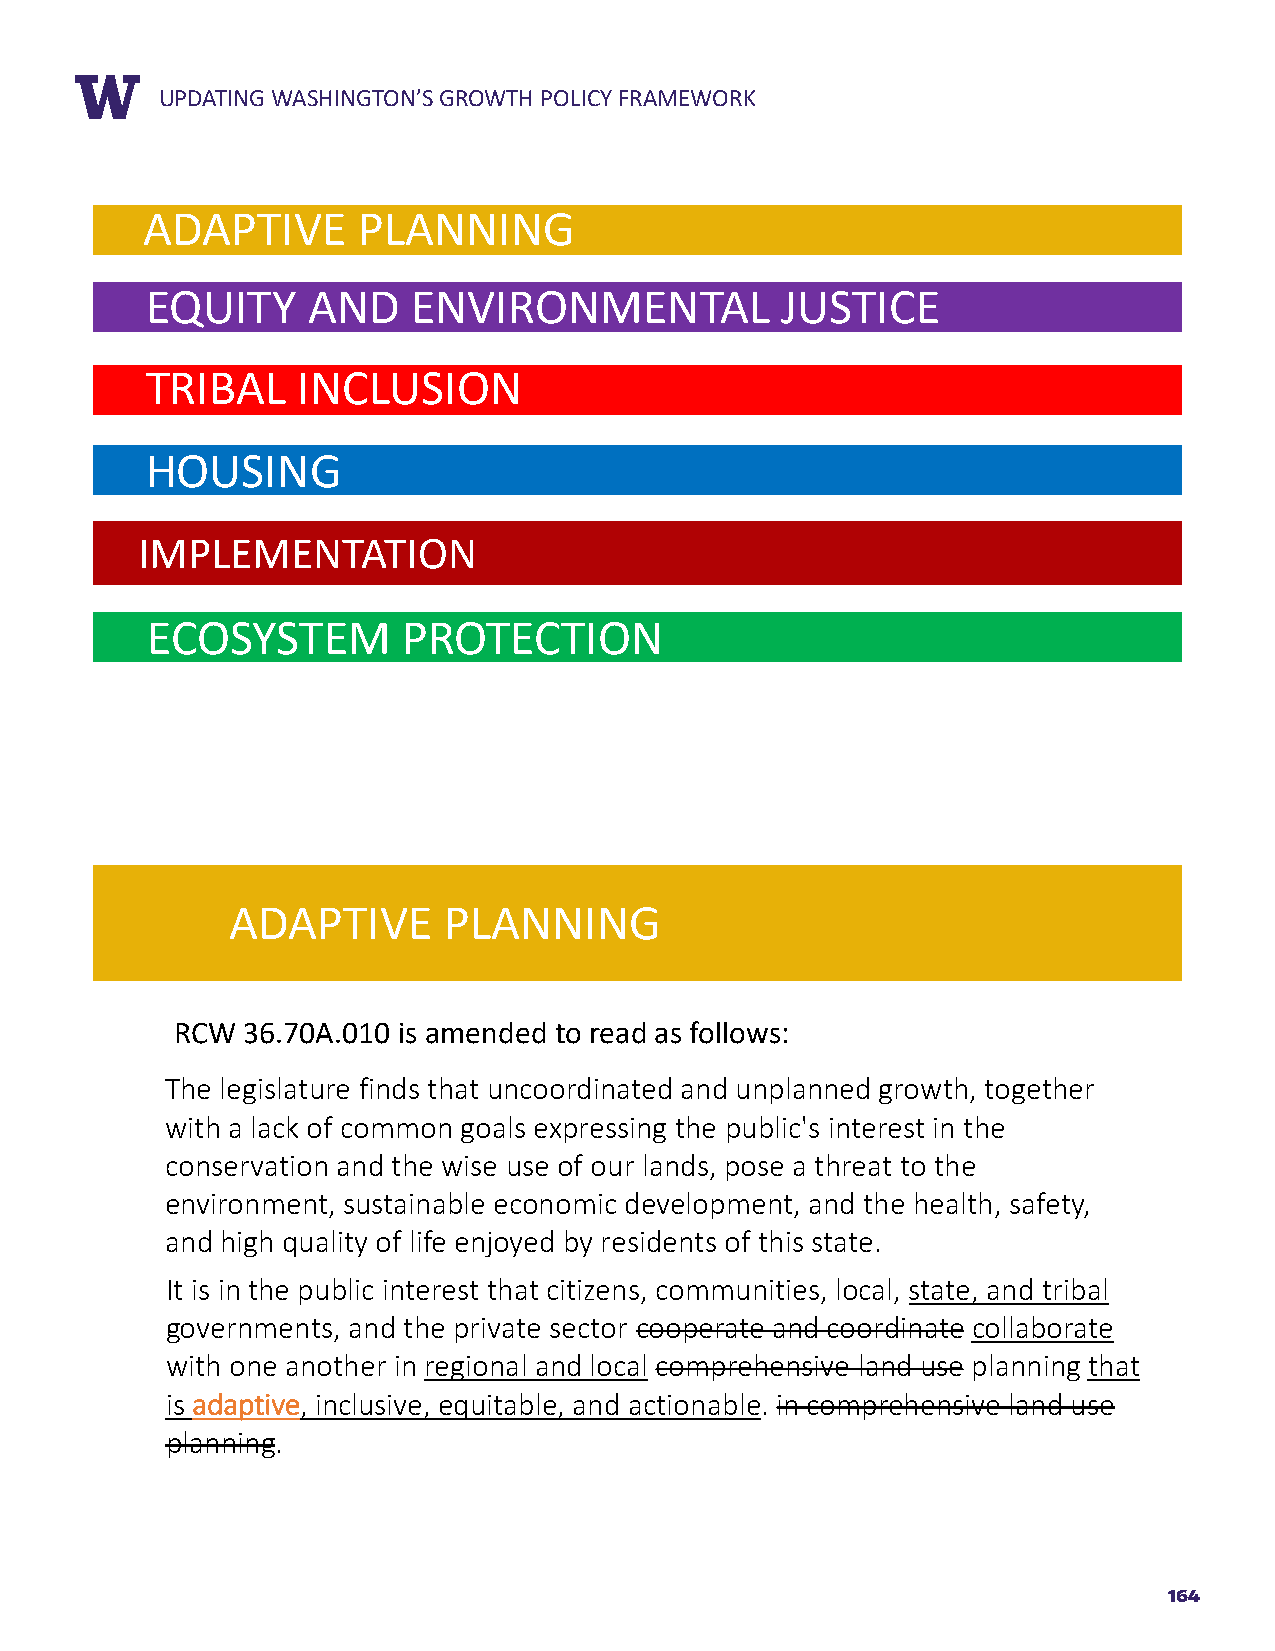
RUEPPDOARTTIN TGIT WLEASHINGTON’S GROWTH POLICY FRAMEWORK
 ADAPTIVE       PLANNING
 EQUITY    AND    ENVIRONMENTAL            JUSTICE
 TRIBAL    INCLUSION
 HOUSING
 IMPLEMENTATION
 ECOSYSTEM        PROTECTION
 ADAPTIVE      PLANNING
 RCW 36.70A.010 is amended to read as follows:
 The legislature finds that uncoordinated and unplanned growth, together
 with a lack of common goals expressing the public's interest in the
 conservation and the wise use of our lands, pose a threat to the
 environment, sustainable economic development, and the health, safety,
 and high quality of life enjoyed by residents of this state.
 It is in the public interest that citizens, communities, local, state, and tribal
 governments, and the private sector cooperate and coordinate collaborate
 with one another in regional and local comprehensive land use planning that
 is aaddaappttiivvee, inclusive, equitable, and actionable. in comprehensive land use
 planning.
 164